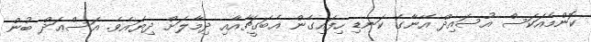
ކޮންމެއަކަސް އުސައިދް އޭނާގެ ކަނޑި ހިފައިގެން އެބަގީޗާއާއި ދިމާލަށް ދިޔައެވެ. އަސްޢަދް ބުން